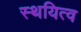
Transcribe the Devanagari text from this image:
स्थयित्व